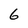
Character: 6